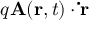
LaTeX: q \mathbf { A } ( \mathbf { r } , t ) \cdot \mathbf { \dot { r } }